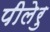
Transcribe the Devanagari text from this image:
पीलेरु